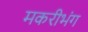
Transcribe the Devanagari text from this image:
मकरीभंग